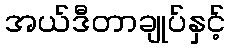
အယ်ဒီတာချုပ်နှင့်